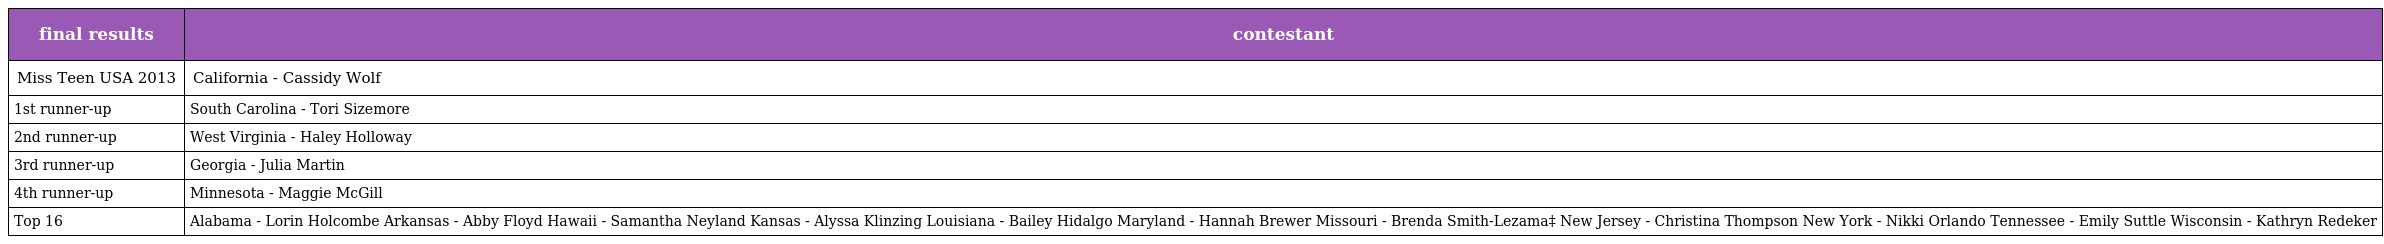
| final results | contestant |
 | --- | --- |
 | Miss Teen USA 2013 | California - Cassidy Wolf |
 | 1st runner-up | South Carolina - Tori Sizemore |
 | 2nd runner-up | West Virginia - Haley Holloway |
 | 3rd runner-up | Georgia - Julia Martin |
 | 4th runner-up | Minnesota - Maggie McGill |
 | Top 16 | Alabama - Lorin Holcombe Arkansas - Abby Floyd Hawaii - Samantha Neyland Kansas - Alyssa Klinzing Louisiana - Bailey Hidalgo Maryland - Hannah Brewer Missouri - Brenda Smith-Lezama‡ New Jersey - Christina Thompson New York - Nikki Orlando Tennessee - Emily Suttle Wisconsin - Kathryn Redeker |